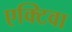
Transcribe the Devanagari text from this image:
एक्टिवा